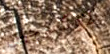
الاوكسجين